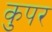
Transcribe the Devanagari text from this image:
कुपर